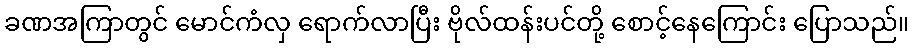
ခဏအကြာတွင် မောင်ကံလှ ရောက်လာပြီး ဗိုလ်ထန်းပင်တို့ စောင့်နေကြောင်း ပြောသည်။